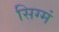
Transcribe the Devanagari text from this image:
सिग्मं